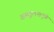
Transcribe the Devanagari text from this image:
असंतुलनामुळे